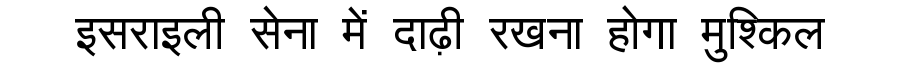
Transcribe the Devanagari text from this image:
इसराइली सेना में दाढ़ी रखना होगा मुश्किल